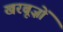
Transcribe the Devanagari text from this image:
खरबूज़ों